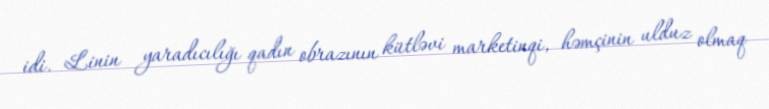
idi. Linin yaradıcılığı qadın obrazının kütləvi marketinqi, həmçinin ulduz olmaq